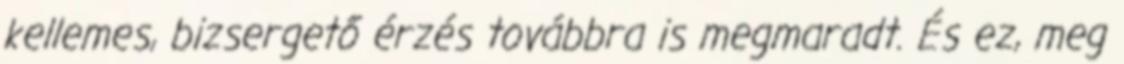
kellemes, bizsergető érzés továbbra is megmaradt. És ez, meg